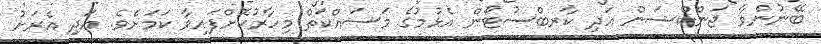
ބޭނުންވާ ޖަންކްޝަން އަދި ކާރބްސުޓޯން އެޅުމުގެ މަސައްކަތް މިހާރުކޮށްފައިވާ ކަމަށެވެ. އަދި އެރަށު